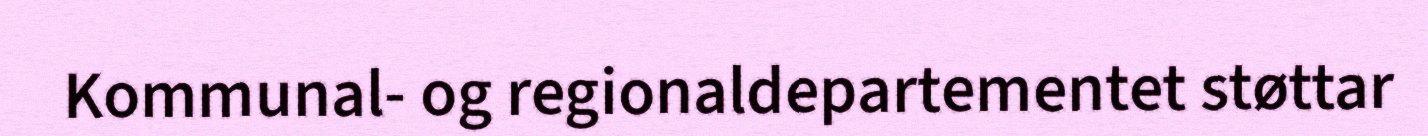
Kommunal- og regionaldepartementet støttar